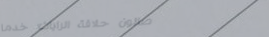
صالون حلاقة الرايات: خدما